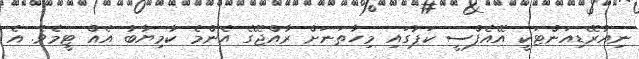
ނިއުރޭޑިއަންޓަކީ އޭއެފްސީ ކަޕުގައި މިހާތަނަށް ރާއްޖޭގެ އެންމެ ކާމިޔާބު އެއް ޓީމެވެ. އެ